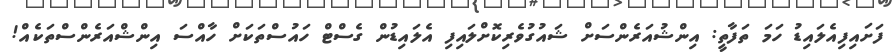
ފަށައިފިއެލައިޑު ހަމަ ތަފާތީ: އިންޝުއަރެންސަށް ޝައުގުވެރިކޮށްލައިފި އެލައިޑުން ގެސްޓް ހައުސްތަކަށް ހާއްސަ އިންޝްއަރެންސްތަކެއް!